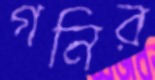
গনির